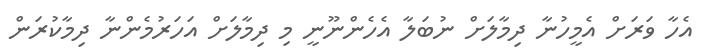
އެހާ ވަރަށް އެމީހުނާ ދިމާލަށް ނުބަލާ އެހެންނޫނީ މި ދިމާލަށް އަހަރުމެންނާ ދިމާކުރަން